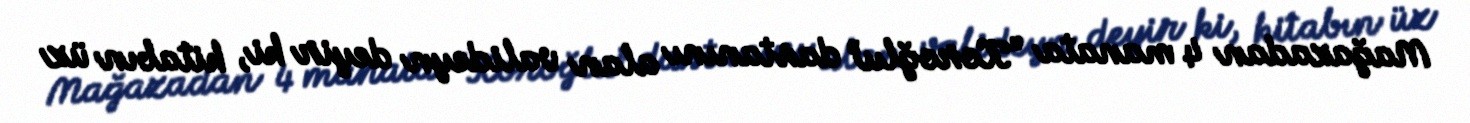
Mağazadan 4 manata “Koroğlu” dastanını alan valideyn deyir ki, kitabın üz